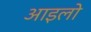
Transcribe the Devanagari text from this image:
आइलो